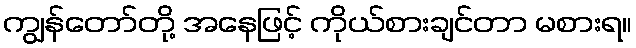
ကျွန်တော်တို့ အနေဖြင့် ကိုယ်စားချင်တာ မစားရ။